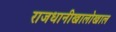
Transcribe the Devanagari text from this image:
राजधानीखालोखाल